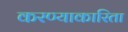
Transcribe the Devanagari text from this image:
करण्याकारिता